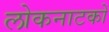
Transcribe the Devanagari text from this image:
लोकनाटकों